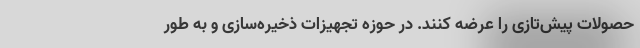
حصولات پیش‌تازی را عرضه کنند. در حوزه تجهیزات ذخیره‌سازی و به طور